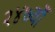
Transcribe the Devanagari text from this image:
२४७वाँ